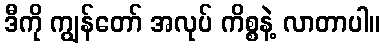
ဒီကို ကျွန်တော် အလုပ် ကိစ္စနဲ့ လာတာပါ။